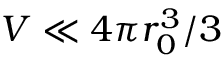
V \ll 4 \pi r _ { 0 } ^ { 3 } / 3